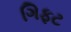
ગિફટ